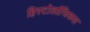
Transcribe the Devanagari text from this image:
हिस्टोलॉजिकल